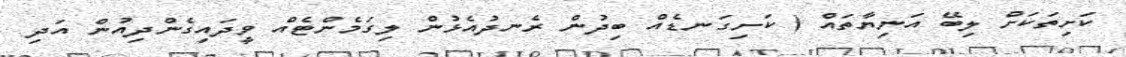
ކަށިތަކަށް ލިބޭ އަނިޔާތައް ( ކަށިގަނޑެއް ބިދުން ރެނދުއެޅުން ލިގަމެންޓެއް ވީދައިގެންދިއުން އަދި